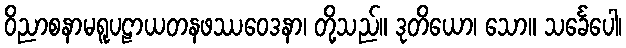
ဝိညာစနာမရူပဠာယတနဖဿဝေဒနာ၊ တို့သည်။ ဒုတိယော၊ သော။ သင်္ခေပေါ၊